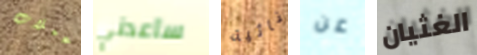
عملات ساعدني نائية عن الغثيان